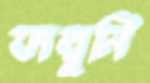
ফাল্গুনি